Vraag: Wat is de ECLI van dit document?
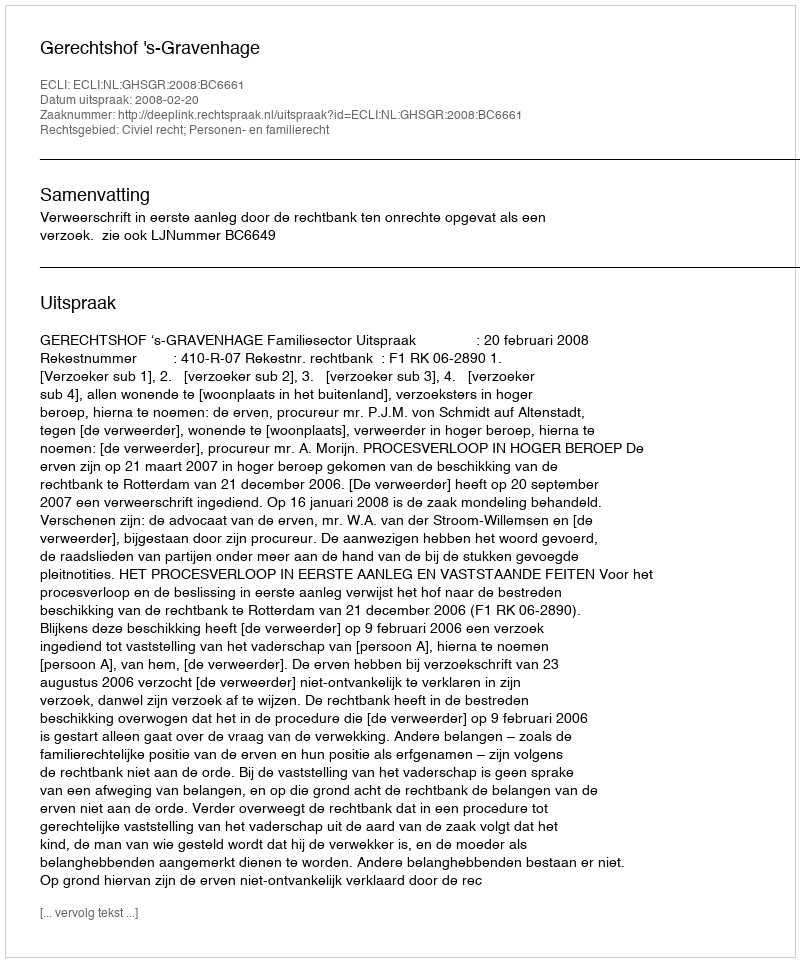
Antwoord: ECLI:NL:GHSGR:2008:BC6661